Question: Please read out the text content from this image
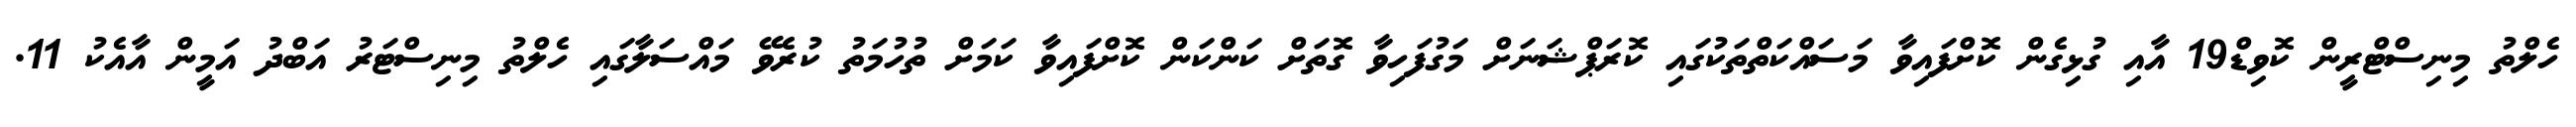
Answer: ހެލްތު މިނިސްޓްރީން ކޮވިޑް19 އާއި ގުޅިގެން ކޮށްފައިވާ މަސައްކަތްތަކުގައި ކޮރަޕްޝަނަށް މަގުފަހިވާ ގޮތަށް ކަންކަން ކޮށްފައިވާ ކަމަށް ތުހުމަތު ކުރެވޭ މައްސަލާގައި ހެލްތު މިނިސްޓަރު އަބްދު އަމީން އާއެކު 11.